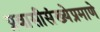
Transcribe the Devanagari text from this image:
प्रवासीसंख्येप्रमाणे